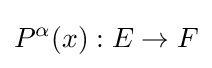
P^{\alpha }(x):E\to F